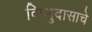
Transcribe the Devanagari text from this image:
विष्णुदासाचे